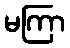
မကြာ